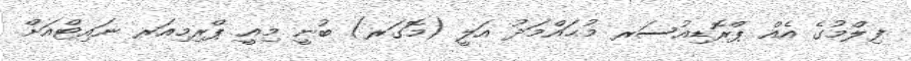
ފިލްމުގެ އެއް ޕްރޮޑިއުސަރ މުޙައްމަދު އަލީ (މޮގަރ) ބުނީ މިއީ ޕްރިމިއަރ ނައިޓްއަށް